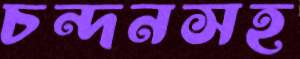
চন্দনসহ